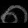
Digit: ၈